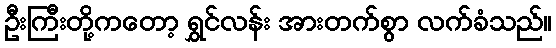
ဦးကြီးတို့ကတော့ ရွှင်လန်း အားတက်စွာ လက်ခံသည်။